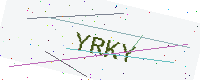
Text: YRKY